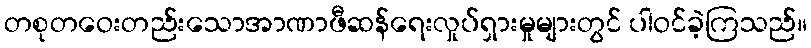
တစုတဝေးတည်းသောအာဏာဖီဆန်ရေးလှုပ်ရှားမှုများတွင် ပါဝင်ခဲ့ကြသည်။